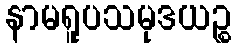
နာမရူပသမုဒယဉ္စ